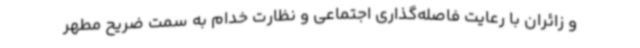
و زائران با رعایت فاصله‌گذاری اجتماعی و نظارت خدام به سمت ضریح مطهر